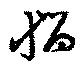
惱